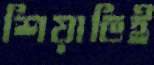
শিয়াভিই